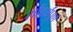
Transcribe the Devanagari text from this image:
सौंदर्यंपूर्ण